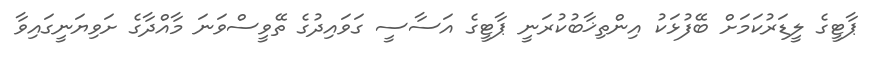
ޕާޓީގެ ލީޑަރުކަމަށް ބޭފުޅަކު އިންތިޚާބުކުރަނީ ޕާޓީގެ އަސާސީ ގަވައިދުގެ ތޭވީސްވަނަ މާއްދާގެ ށަވިޔަނީގައިވާ